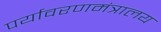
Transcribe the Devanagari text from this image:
पर्यावरणमंत्रालय